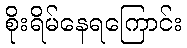
စိုးရိမ်နေရကြောင်း